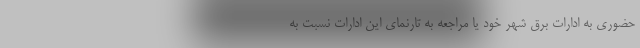
حضوری به ادارات برق شهر خود یا مراجعه به تارنمای این ادارات نسبت به